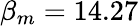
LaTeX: \beta_{m}=14.27